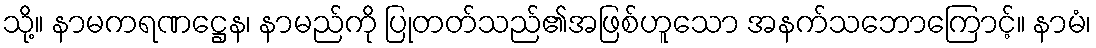
သို့။ နာမကရဏဋ္ဌေန၊ နာမည်ကို ပြုတတ်သည်၏အဖြစ်ဟူသော အနက်သဘောကြောင့်။ နာမံ၊